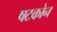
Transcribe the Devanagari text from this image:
षटकोन